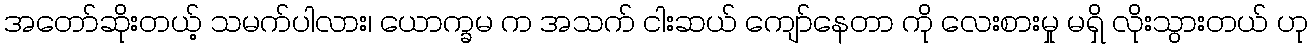
အတော်ဆိုးတယ့် သမက်ပါလား၊ ယောက္ခမ က အသက် ငါးဆယ် ကျော်နေတာ ကို လေးစားမှု မရှိ လိုးသွားတယ် ဟု